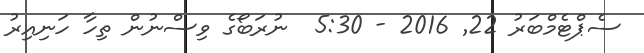
ސެޕްޓެމްބަރު 22